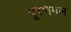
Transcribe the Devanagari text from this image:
पूरणमल